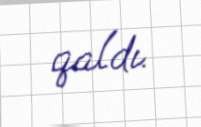
qaldı.